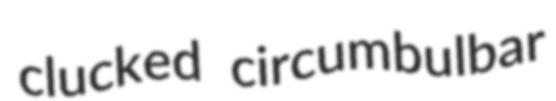
clucked circumbulbar